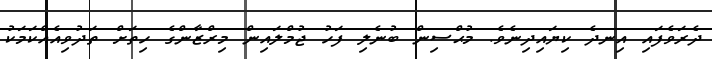
ދެރަވެފައި އިނދެ ކިޔައިދިނެވެ. މުޙްސިން ބުނެލި ފަހު ޖުމްލައިން މިރްޒާންގެ ހިތަށް ތަދުވިއެއްކަމަކު